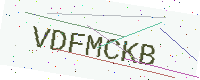
Text: VDFMCKB